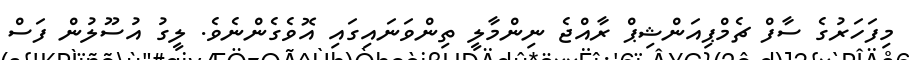
މިފަހަރުގެ ސާފް ޗެމްޕިއަންޝިޕް ރާއްޖެ ނިންމާލީ ތިންވަނައިގައި އޮވެގެންނެވެ. ލީގު އުސޫލުން ފަސް